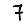
Digit: 7